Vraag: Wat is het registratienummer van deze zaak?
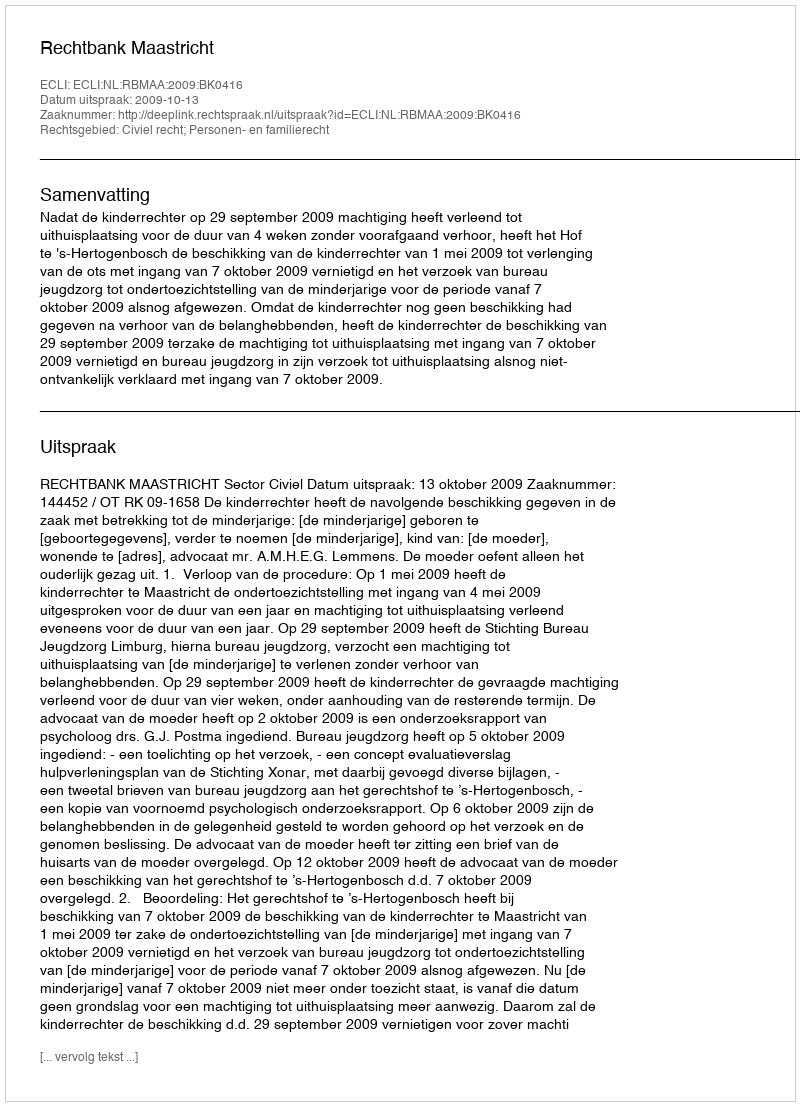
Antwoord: http://deeplink.rechtspraak.nl/uitspraak?id=ECLI:NL:RBMAA:2009:BK0416